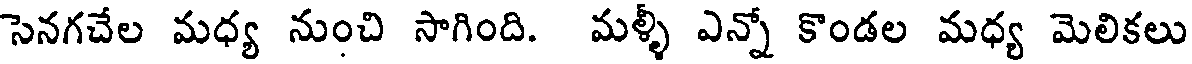
సెనగచేల మధ్య నుంచి సాగింది. మళ్ళీ ఎన్నో కొండల మధ్య మెలికలు